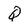
Character: Q